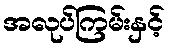
အလုပ်ကြမ်းနှင့်